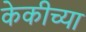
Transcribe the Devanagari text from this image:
केकीच्या